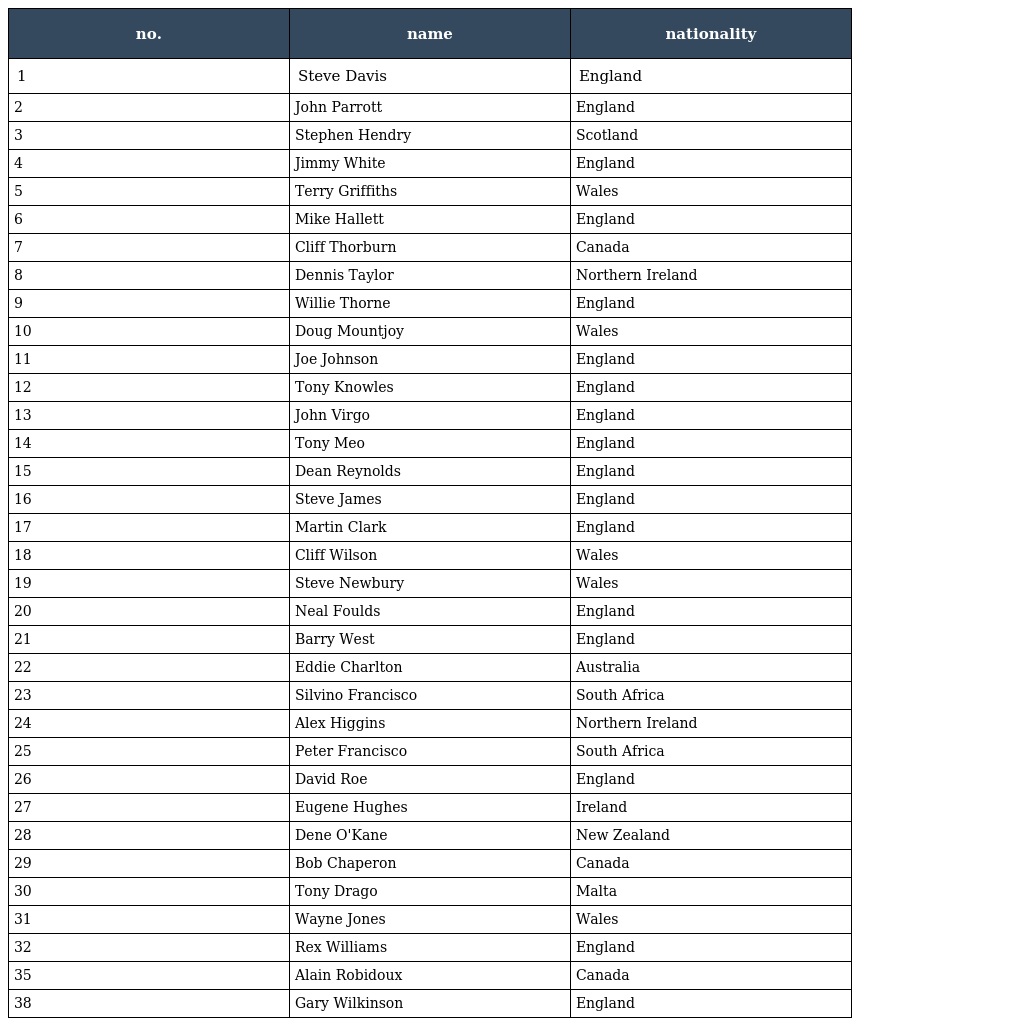
| no. | name | nationality |
 | --- | --- | --- |
 | 1 | Steve Davis | England |
 | 2 | John Parrott | England |
 | 3 | Stephen Hendry | Scotland |
 | 4 | Jimmy White | England |
 | 5 | Terry Griffiths | Wales |
 | 6 | Mike Hallett | England |
 | 7 | Cliff Thorburn | Canada |
 | 8 | Dennis Taylor | Northern Ireland |
 | 9 | Willie Thorne | England |
 | 10 | Doug Mountjoy | Wales |
 | 11 | Joe Johnson | England |
 | 12 | Tony Knowles | England |
 | 13 | John Virgo | England |
 | 14 | Tony Meo | England |
 | 15 | Dean Reynolds | England |
 | 16 | Steve James | England |
 | 17 | Martin Clark | England |
 | 18 | Cliff Wilson | Wales |
 | 19 | Steve Newbury | Wales |
 | 20 | Neal Foulds | England |
 | 21 | Barry West | England |
 | 22 | Eddie Charlton | Australia |
 | 23 | Silvino Francisco | South Africa |
 | 24 | Alex Higgins | Northern Ireland |
 | 25 | Peter Francisco | South Africa |
 | 26 | David Roe | England |
 | 27 | Eugene Hughes | Ireland |
 | 28 | Dene O'Kane | New Zealand |
 | 29 | Bob Chaperon | Canada |
 | 30 | Tony Drago | Malta |
 | 31 | Wayne Jones | Wales |
 | 32 | Rex Williams | England |
 | 35 | Alain Robidoux | Canada |
 | 38 | Gary Wilkinson | England |